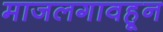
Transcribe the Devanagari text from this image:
माजलगावहून